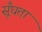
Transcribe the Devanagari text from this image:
सूँघता